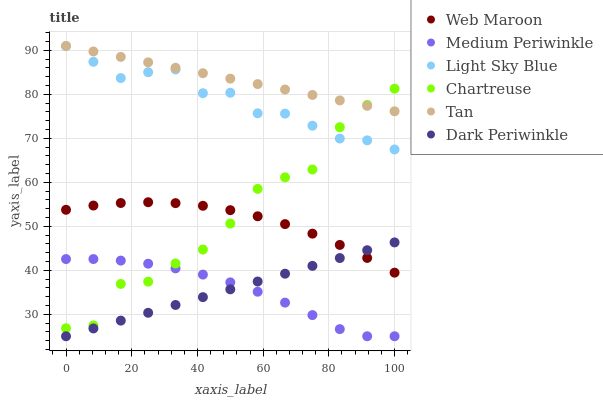
| xaxis_label | Web Maroon | Medium Periwinkle | Light Sky Blue | Chartreuse | Tan | Dark Periwinkle |
 | --- | --- | --- | --- | --- | --- | --- |
 | 0 | 53.8 | 42.6 | 91 | 26.8 | 91 | 25 |
 | 8.33 | 54.7 | 42.6 | 87.4 | 27.5 | 89.8 | 26.8 |
 | 16.7 | 55.3 | 42.2 | 83.7 | 36.9 | 88.5 | 28.6 |
 | 25 | 55.5 | 41.5 | 85 | 37.4 | 87.3 | 30.3 |
 | 33.3 | 55.3 | 40.4 | 85.7 | 41.5 | 86.1 | 32.1 |
 | 41.7 | 54.7 | 39 | 80.3 | 44.7 | 84.8 | 33.9 |
 | 50 | 53.7 | 37.3 | 80.4 | 50.6 | 83.6 | 35.7 |
 | 58.3 | 52.3 | 35.1 | 75.7 | 58.5 | 82.3 | 37.4 |
 | 66.7 | 50.5 | 32.6 | 75.6 | 61.1 | 81.1 | 39.2 |
 | 75 | 48.3 | 29.8 | 72.9 | 62.9 | 79.9 | 41 |
 | 83.3 | 45.8 | 26.6 | 70 | 72.5 | 78.6 | 42.8 |
 | 91.7 | 42.8 | 25 | 69.5 | 77.6 | 77.4 | 44.6 |
 | 100 | 39.5 | 25 | 67.5 | 81.3 | 76.2 | 46.3 |